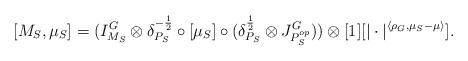
LaTeX: \begin{align*}[M_S, \mu_S]= (I^G_{M_S} \otimes \delta^{-\frac{1}{2}}_{P_S} \circ [\mu_S] \circ (\delta^{\frac{1}{2}}_{P_S} \otimes J^G_{P^{op}_S})) \otimes [1][|\cdot|^{\langle \rho_G, \mu_S - \mu \rangle}].\end{align*}